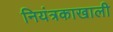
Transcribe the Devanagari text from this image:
नियंत्रकाखाली